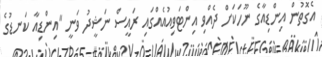
އެގޮތުން އިންޑިއާގެ ނޫހަކަށް ދެއްވި އިންޓަވިއުއެއްގައި ރައީސް ނަޝީދު ވަނީ "އިންޑިއާ ކަނޑުގެ